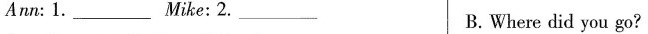
Ann:1.___ Mike:2. ___ B.Where did you go?